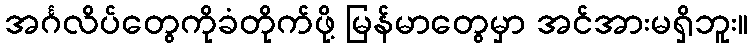
အင်္ဂလိပ်တွေကိုခံတိုက်ဖို့ မြန်မာတွေမှာ အင်အားမရှိဘူး။